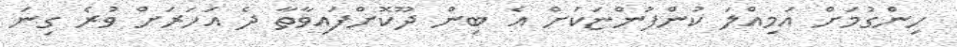
ހިންގުމަށް އަމިއްލަ ކުންފުންޏަކަށް އެ ބިން ދޫކޮށްފައިވާތާ ދެ އަހަރަށް ވުރެ ގިނަ